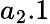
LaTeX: {a}_{2}.1